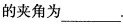
的夹角为___ .